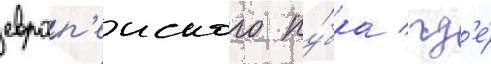
европ'еиского ку́бка / гд'е́